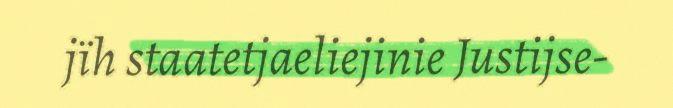
jïh staatetjaeliejinie Justijse-